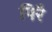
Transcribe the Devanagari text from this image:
पिरै